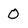
Character: O